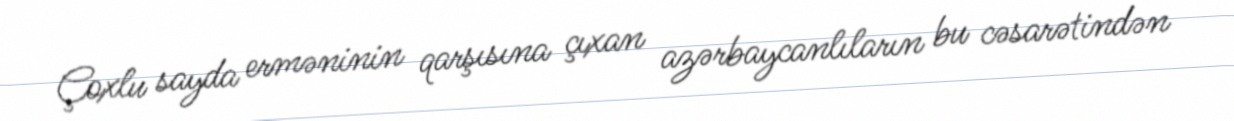
Çoxlu sayda erməninin qarşısına çıxan azərbaycanlıların bu cəsarətindən